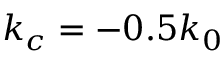
k _ { c } = - 0 . 5 k _ { 0 }